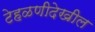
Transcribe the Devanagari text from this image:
टेहळणीदेखील